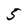
Character: 5